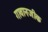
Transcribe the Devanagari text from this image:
गावानजीक